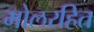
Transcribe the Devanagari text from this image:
मोलरहित